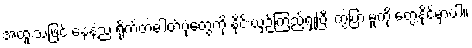
အထူးသဖြင့် နေနဲ့ည ရိုက်တဲ့ဓါတ်ပုံတွေကို နိုင်းယှဉ်ကြည့်ရှုပြီး ကွဲပြားမှုကို တွေ့နိုင်မှာပါ။